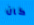
كان